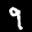
Label: 9